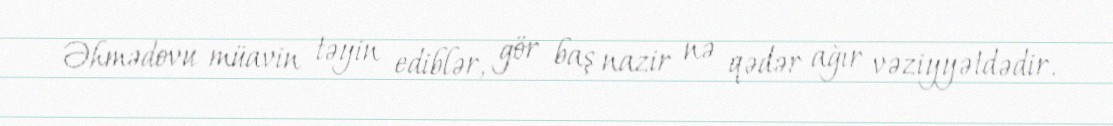
Əhmədovu müavin təyin ediblər, gör baş nazir nə qədər ağır vəziyyətdədir.